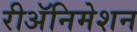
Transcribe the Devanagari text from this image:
रीअॅनिमेशन